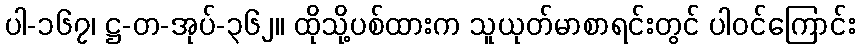
ပါ-၁၆၇၊ ဋ္ဌ-တ-အုပ်-၃၆၂။ ထိုသို့ပစ်ထားက သူယုတ်မာစာရင်းတွင် ပါဝင်ကြောင်း